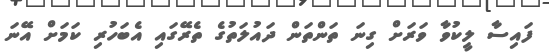
ފައިސާ ލީކުވާ ވަރަށް ގިނަ ތަންތަން ދައުލަތުގެ ތެރޭގައި އެބަހުރި ކަމަށް އޭނަ